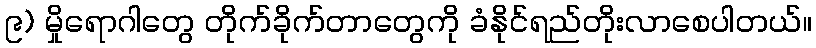
၉) မှိုရောဂါတွေ တိုက်ခိုက်တာတွေကို ခံနိုင်ရည်တိုးလာစေပါတယ်။